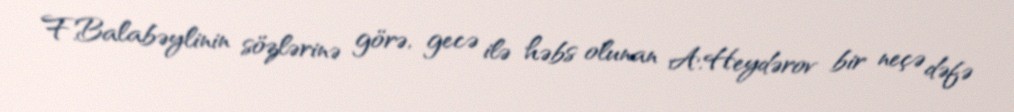
F.Balabəylinin sözlərinə görə, gecə ilə həbs olunan A.Heydərov bir neçə dəfə